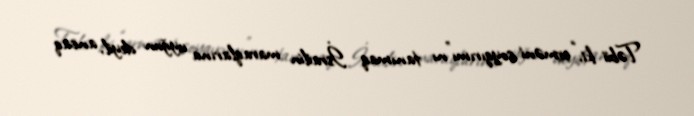
Təbii ki, “erməni soyqırımı”nı tanımaq İsrailin maraqlarına uyğun deyil, ancaq